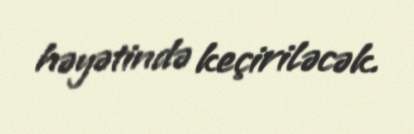
həyətində keçiriləcək.